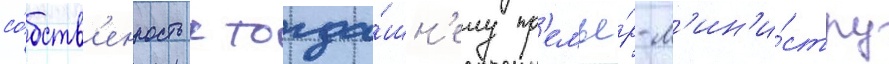
со́бств'енность к тогда́шн'ему пр'емье́р-м'ин'и́стру